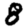
Digit: 8